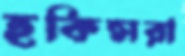
হকিন্সরা